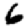
Digit: 6